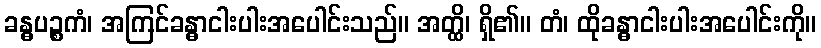
ခန္ဓပဉ္စကံ၊ အကြင်ခန္ဓာငါးပါးအပေါင်းသည်။ အတ္ထိ၊ ရှိ၏။ တံ၊ ထိုခန္ဓာငါးပါးအပေါင်းကို။